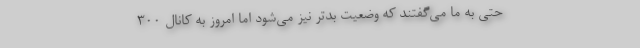
حتی به ما می‌گفتند که وضعیت بدتر نیز می‌شود اما امروز به کانال ۳۰۰